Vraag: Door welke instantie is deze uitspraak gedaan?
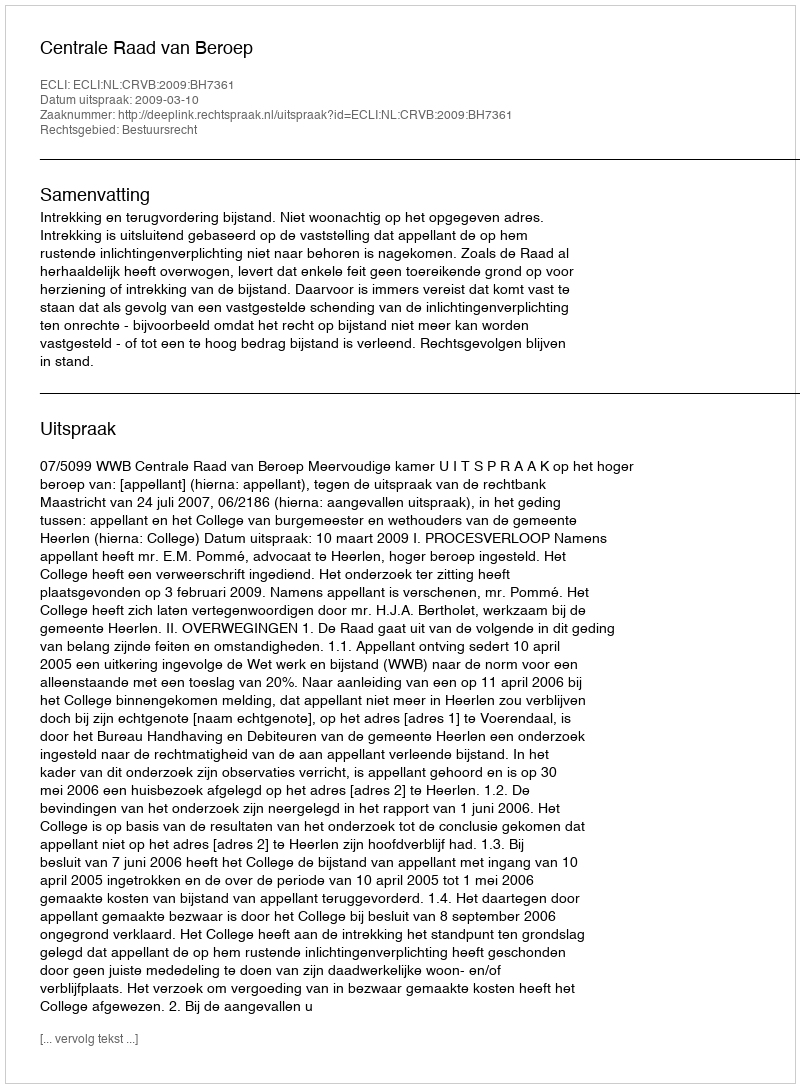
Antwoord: Centrale Raad van Beroep